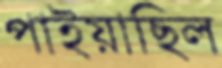
পাইয়াছিল